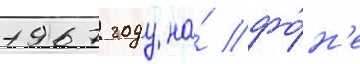
1967 году на́ фо́н'е